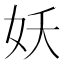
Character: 妖